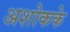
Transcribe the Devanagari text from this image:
अशोकके